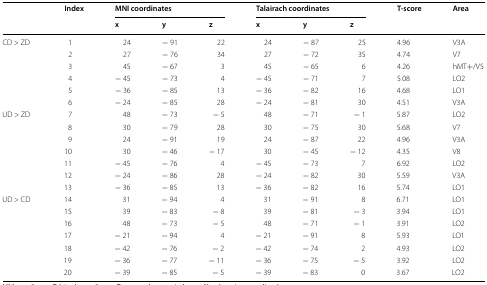
<table><thead><tr><td rowspan="2"></td><td rowspan="2"><b>Index</b></td><td colspan="3"><b>MNI coordinates</b></td><td colspan="3"><b>Talairach coordinates</b></td><td rowspan="2"><b>T-score</b></td><td rowspan="2"><b>Area</b></td></tr><tr><td><b>x</b></td><td><b>y</b></td><td><b>z</b></td><td><b>x</b></td><td><b>y</b></td><td><b>z</b></td></tr></thead><tbody><tr><td rowspan="6">CD &gt; ZD</td><td>1</td><td>24</td><td>− 91</td><td>22</td><td>24</td><td>− 87</td><td>25</td><td>4.96</td><td>V3A</td></tr><tr><td>2</td><td>27</td><td>− 76</td><td>34</td><td>27</td><td>− 72</td><td>35</td><td>4.74</td><td>V7</td></tr><tr><td>3</td><td>45</td><td>− 67</td><td>3</td><td>45</td><td>− 65</td><td>6</td><td>4.26</td><td>hMT+/V5</td></tr><tr><td>4</td><td>− 45</td><td>− 73</td><td>4</td><td>− 45</td><td>− 71</td><td>7</td><td>5.08</td><td>LO2</td></tr><tr><td>5</td><td>− 36</td><td>− 85</td><td>13</td><td>− 36</td><td>− 82</td><td>16</td><td>4.68</td><td>LO1</td></tr><tr><td>6</td><td>− 24</td><td>− 85</td><td>28</td><td>− 24</td><td>− 81</td><td>30</td><td>4.51</td><td>V3A</td></tr><tr><td rowspan="7">UD &gt; ZD</td><td>7</td><td>48</td><td>− 73</td><td>− 5</td><td>48</td><td>− 71</td><td>− 1</td><td>5.87</td><td>LO2</td></tr><tr><td>8</td><td>30</td><td>− 79</td><td>28</td><td>30</td><td>− 75</td><td>30</td><td>5.68</td><td>V7</td></tr><tr><td>9</td><td>24</td><td>− 91</td><td>19</td><td>24</td><td>− 87</td><td>22</td><td>4.96</td><td>V3A</td></tr><tr><td>10</td><td>30</td><td>− 46</td><td>− 17</td><td>30</td><td>− 45</td><td>− 12</td><td>4.35</td><td>V8</td></tr><tr><td>11</td><td>− 45</td><td>− 76</td><td>4</td><td>− 45</td><td>− 73</td><td>7</td><td>6.92</td><td>LO2</td></tr><tr><td>12</td><td>− 24</td><td>− 86</td><td>28</td><td>− 24</td><td>− 82</td><td>30</td><td>5.59</td><td>V3A</td></tr><tr><td>13</td><td>− 36</td><td>− 85</td><td>13</td><td>− 36</td><td>− 82</td><td>16</td><td>5.74</td><td>LO1</td></tr><tr><td rowspan="7">UD &gt; CD</td><td>14</td><td>31</td><td>− 94</td><td>4</td><td>31</td><td>− 91</td><td>8</td><td>6.71</td><td>LO1</td></tr><tr><td>15</td><td>39</td><td>− 83</td><td>− 8</td><td>39</td><td>− 81</td><td>− 3</td><td>3.94</td><td>LO1</td></tr><tr><td>16</td><td>48</td><td>− 73</td><td>− 5</td><td>48</td><td>− 71</td><td>− 1</td><td>3.91</td><td>LO2</td></tr><tr><td>17</td><td>− 21</td><td>− 94</td><td>4</td><td>− 21</td><td>− 91</td><td>8</td><td>5.93</td><td>LO1</td></tr><tr><td>18</td><td>− 42</td><td>− 76</td><td>− 2</td><td>− 42</td><td>− 74</td><td>2</td><td>4.93</td><td>LO2</td></tr><tr><td>19</td><td>− 36</td><td>− 77</td><td>− 11</td><td>− 36</td><td>− 75</td><td>− 5</td><td>3.92</td><td>LO2</td></tr><tr><td>20</td><td>− 39</td><td>− 85</td><td>− 5</td><td>− 39</td><td>− 83</td><td>0</td><td>3.67</td><td>LO2</td></tr></tbody></table>